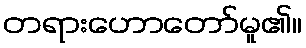
တရားဟောတော်မူ၏။